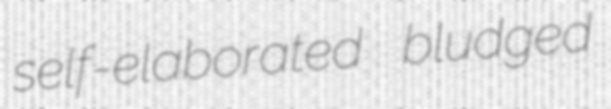
self-elaborated bludged